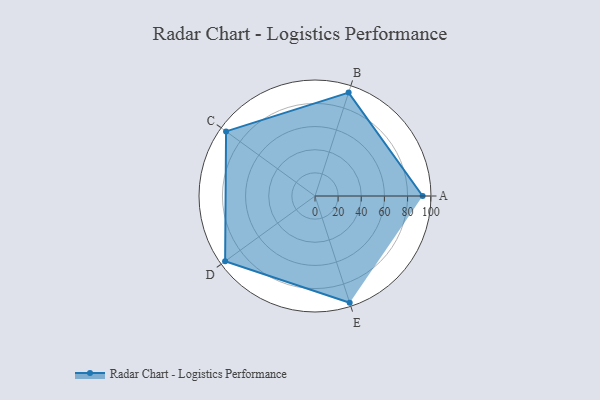
{"axis": {"x": "Skill", "y": "Score"}, "legend": ["Profile"], "data": [{"x": "A", "y": 93.0, "type": "Profile"}, {"x": "B", "y": 94.0, "type": "Profile"}, {"x": "C", "y": 95.0, "type": "Profile"}, {"x": "D", "y": 96.0, "type": "Profile"}, {"x": "E", "y": 97.0, "type": "Profile"}]}